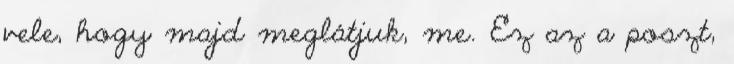
vele, hogy majd meglátjuk, me. Ez az a poszt,